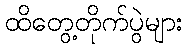
ထိတွေ့တိုက်ပွဲများ